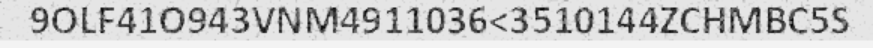
9OLF41O943VNM4911036<3510144ZCHMBC5S